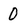
Character: 0